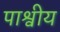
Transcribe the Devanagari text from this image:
पाश्वीय